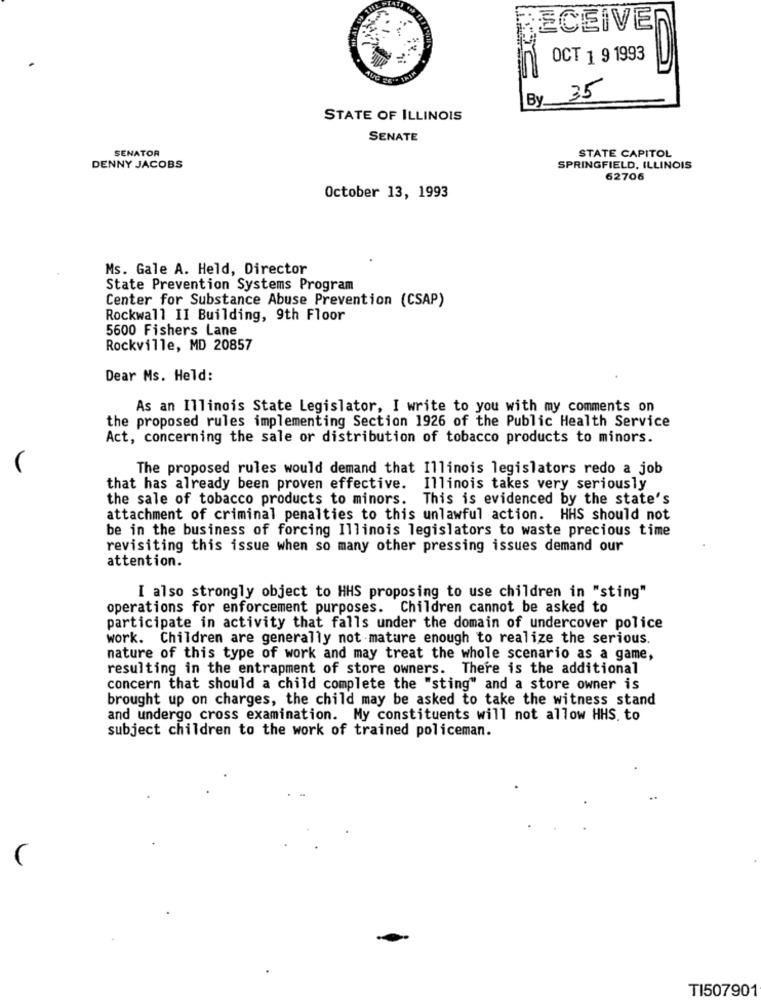
ECEIVE
OCT 1 9 1993
By 35
STATE OF ILLINOIS
SENATE
SENATOR
STATE CAPITOL
DENNY JACOBS
SPRINGFIELD, ILLINOIS
62706
October 13, 1993
Ms. Gale A. Held, Director
State Prevention Systems Program
Center for Substance Abuse Prevention (CSAP)
Rockwall II Building, 9th Floor
5600 Fishers Lane
Rockville, MD 20857
Dear Ms. Held:
As an Illinois State Legislator, I write to you with my comments on
the proposed rules implementing Section 1926 of the Public Health Service
Act, concerning the sale or distribution of tobacco products to minors.
The proposed rules would demand that Illinois legislators redo a job
that has already been proven effective. Illinois takes very seriously
the sale of tobacco products to minors. This is evidenced by the state's
attachment of criminal penalties to this unlawful action. HHS should not
be in the business of forcing Illinois legislators to waste precious time
revisiting this issue when so many other pressing issues demand our
attention.
I also strongly object to HHS proposing to use children in "sting"
operations for enforcement purposes. Children cannot be asked to
participate in activity that falls under the domain of undercover police
work. Children are generally not mature enough to realize the serious.
nature of this type of work and may treat the whole scenario as a game,
resulting in the entrapment of store owners. There is the additional
concern that should a child complete the "sting" and a store owner is
brought up on charges, the child may be asked to take the witness stand
and undergo cross examination. My constituents will not allow HHS. to
subject children to the work of trained policeman.
L
TI507901